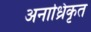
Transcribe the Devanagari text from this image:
अनाध्रिकृत